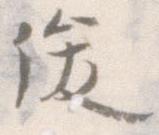
俊